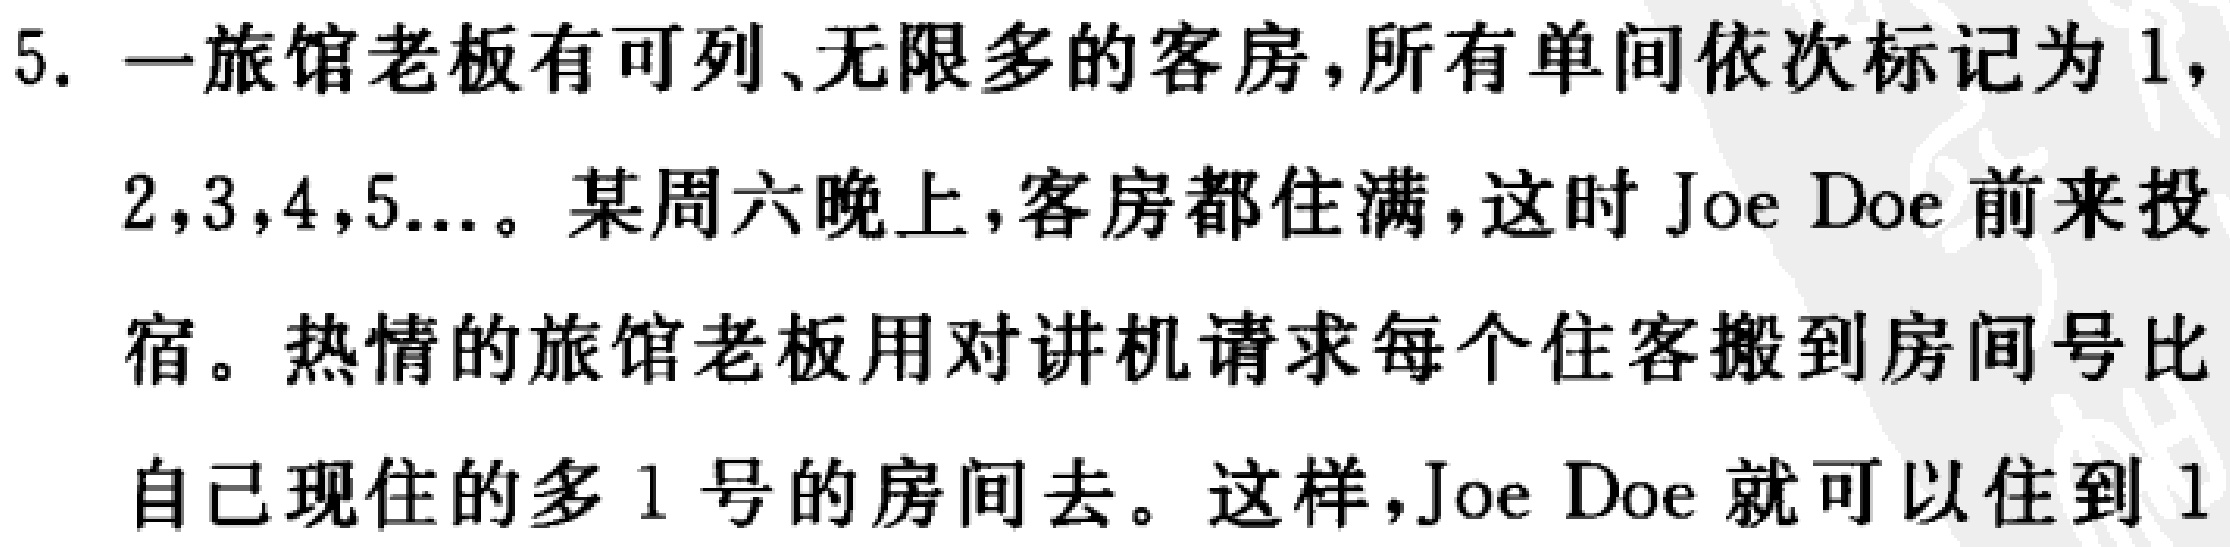
5. 一旅馆老板有可列、无限多的客房，所有单间依次标记为1，$2,3,4,5\ldots$。某周六晚上，客房都住满，这时 Joe Doe 前来投宿。热情的旅馆老板用对讲机请求每个住客搬到房间号比自己现住的多1号的房间去。这样，Joe Doe 就可以住到1